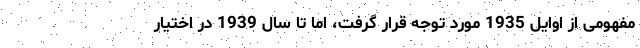
مفهومی از اوایل 1935 مورد توجه قرار گرفت، اما تا سال 1939 در اختیار